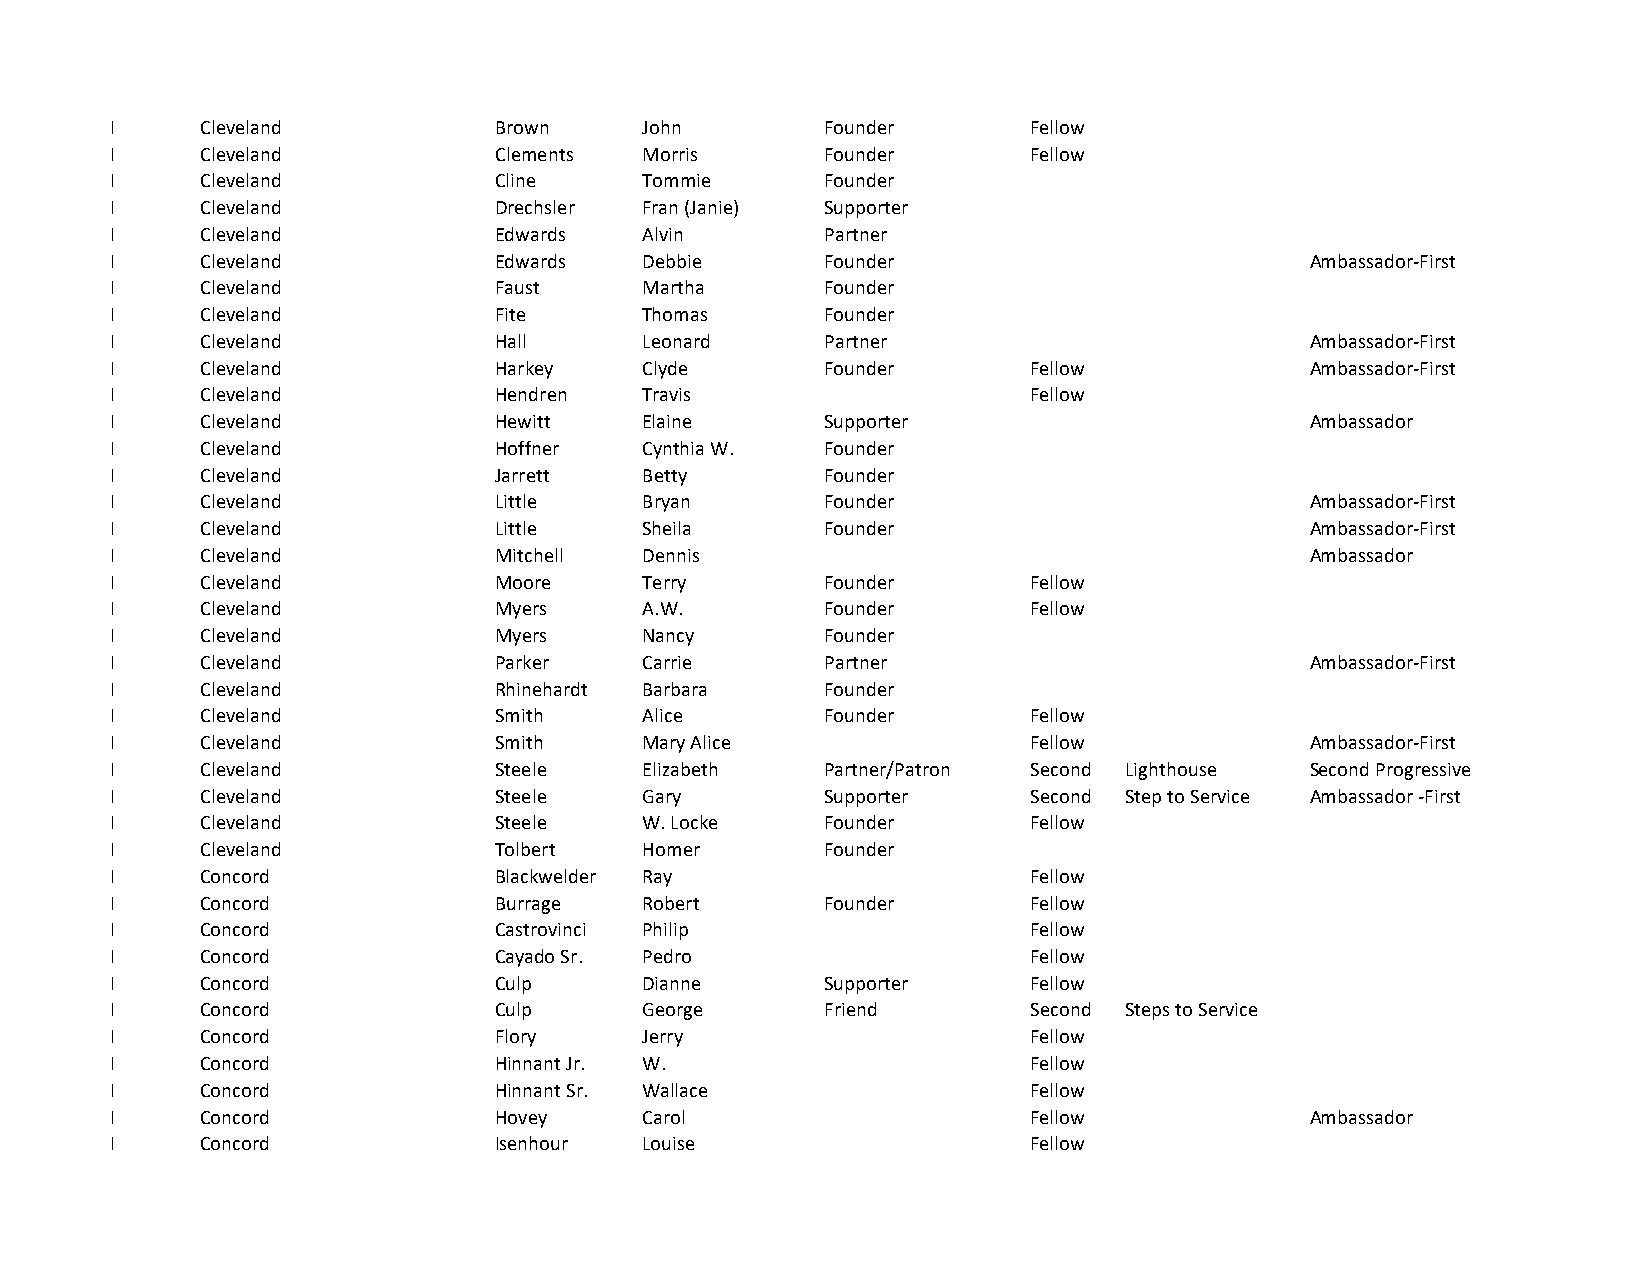
I     Cleveland           Brown     John        Founder      Fellow
 I     Cleveland           Clements  Morris      Founder      Fellow
 I     Cleveland           Cline     Tommie      Founder
 I     Cleveland           Drechsler Fran (Janie) Supporter
 I     Cleveland           Edwards   Alvin       Partner
 I     Cleveland           Edwards   Debbie      Founder                         Ambassador-First
 I     Cleveland           Faust     Martha      Founder
 I     Cleveland           Fite      Thomas      Founder
 I     Cleveland           Hall      Leonard     Partner                         Ambassador-First
 I     Cleveland           Harkey    Clyde       Founder      Fellow             Ambassador-First
 I     Cleveland           Hendren   Travis                   Fellow
 I     Cleveland           Hewitt    Elaine      Supporter                       Ambassador
 I     Cleveland           Hoffner   Cynthia W.  Founder
 I     Cleveland           Jarrett   Betty       Founder
 I     Cleveland           Little    Bryan       Founder                         Ambassador-First
 I     Cleveland           Little    Sheila      Founder                         Ambassador-First
 I     Cleveland           Mitchell  Dennis                                      Ambassador
 I     Cleveland           Moore     Terry       Founder      Fellow
 I     Cleveland           Myers     A.W.        Founder      Fellow
 I     Cleveland           Myers     Nancy       Founder
 I     Cleveland           Parker    Carrie      Partner                         Ambassador-First
 I     Cleveland           Rhinehardt Barbara    Founder
 I     Cleveland           Smith     Alice       Founder      Fellow
 I     Cleveland           Smith     Mary Alice               Fellow             Ambassador-First
 I     Cleveland           Steele    Elizabeth   Partner/Patron Second Lighthouse Second Progressive
 I     Cleveland           Steele    Gary        Supporter    Second Step to Service Ambassador -First
 I     Cleveland           Steele    W. Locke    Founder      Fellow
 I     Cleveland           Tolbert   Homer       Founder
 I     Concord             Blackwelder Ray                    Fellow
 I     Concord             Burrage   Robert      Founder      Fellow
 I     Concord             Castrovinci Philip                 Fellow
 I     Concord             Cayado Sr. Pedro                   Fellow
 I     Concord             Culp      Dianne      Supporter    Fellow
 I     Concord             Culp      George      Friend       Second Steps to Service
 I     Concord             Flory     Jerry                    Fellow
 I     Concord             Hinnant Jr. W.                     Fellow
 I     Concord             Hinnant Sr. Wallace                Fellow
 I     Concord             Hovey     Carol                    Fellow             Ambassador
 I     Concord             Isenhour  Louise                   Fellow